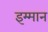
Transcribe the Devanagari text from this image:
इम्मान